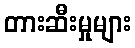
တားဆီးမှုများ